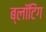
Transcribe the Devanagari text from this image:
ब्लॉटिंग